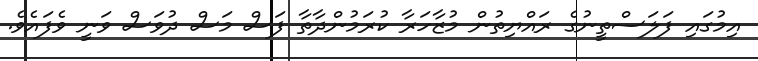
އިމުގައި ފަލަސްތީނުގެ ރައްޔިތުން މުޒާހަރާ ކުރަމުންދާތާ ފަސް މަސް ދުވަސް ވަނީ ވެފައެވެ.